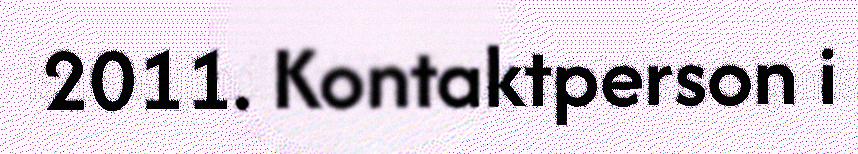
2011. Kontaktperson i